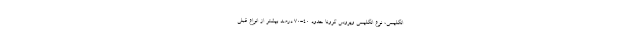
انگلیسی، نوع انگلیسی ویروس کرونا حدود ۴۰-۷۰ درصد بیشتر از انواع قبلی